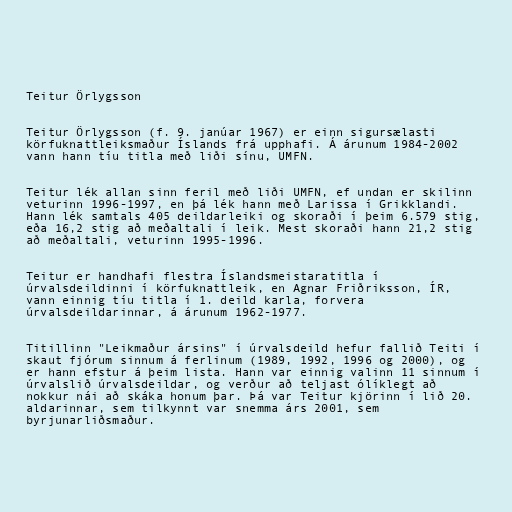
Teitur Örlygsson

Teitur Örlygsson (f. 9. janúar 1967) er einn sigursælasti
körfuknattleiksmaður Íslands frá upphafi. Á árunum 1984-2002
vann hann tíu titla með liði sínu, UMFN.

Teitur lék allan sinn feril með liði UMFN, ef undan er skilinn
veturinn 1996-1997, en þá lék hann með Larissa í Grikklandi.
Hann lék samtals 405 deildarleiki og skoraði í þeim 6.579 stig,
eða 16,2 stig að meðaltali í leik. Mest skoraði hann 21,2 stig
að meðaltali, veturinn 1995-1996.

Teitur er handhafi flestra Íslandsmeistaratitla í
úrvalsdeildinni í körfuknattleik, en Agnar Friðriksson, ÍR,
vann einnig tíu titla í 1. deild karla, forvera
úrvalsdeildarinnar, á árunum 1962-1977.

Titillinn "Leikmaður ársins" í úrvalsdeild hefur fallið Teiti í
skaut fjórum sinnum á ferlinum (1989, 1992, 1996 og 2000), og
er hann efstur á þeim lista. Hann var einnig valinn 11 sinnum í
úrvalslið úrvalsdeildar, og verður að teljast ólíklegt að
nokkur nái að skáka honum þar. Þá var Teitur kjörinn í lið 20.
aldarinnar, sem tilkynnt var snemma árs 2001, sem
byrjunarliðsmaður.